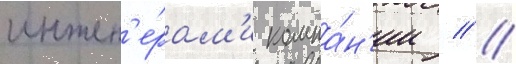
инжен'е́рам'и компа́н'ии // /